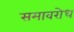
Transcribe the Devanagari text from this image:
समावरोध